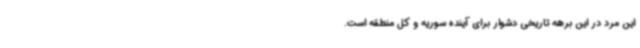
این مرد در این برهه تاریخی دشوار برای آینده سوریه و کل منطقه است.